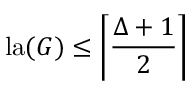
\mathop { \mathrm { l a } } ( G ) \leq \left\lceil { \frac { \Delta + 1 } { 2 } } \right\rceil